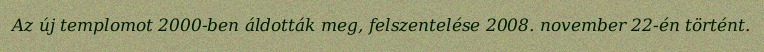
Az új templomot 2000-ben áldották meg, felszentelése 2008. november 22-én történt.